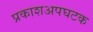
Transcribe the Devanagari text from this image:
प्रकाशअपघटक